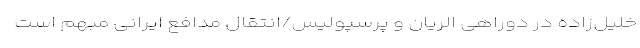
خلیل‌زاده در دوراهی الریان و پرسپولیس/انتقال مدافع ایرانی مبهم است